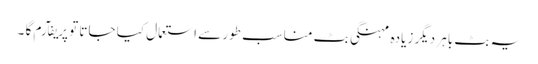
یہ بٹ باہر دیگر زیادہ مہنگی بٹ مناسب طور سے استعمال کیا جاتا تو پریفآرم گا ۔